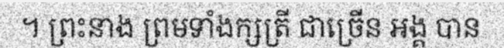
។ ព្រះនាង ព្រមទាំងក្សត្រី ជាច្រើន អង្គ បាន